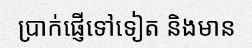
ប្រាក់ផ្ញើទៅទៀត និងមាន